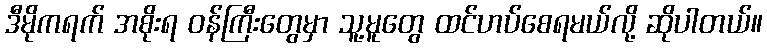
ဒီမိုကရက် အစိုးရ ဝန်ကြီးတွေမှာ သူ့မူတွေ ထင်ဟပ်စေရမယ်လို့ ဆိုပါတယ်။